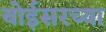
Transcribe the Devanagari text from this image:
बोईसरच्या